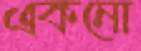
একনো